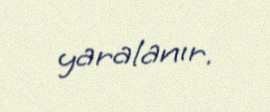
yaralanır.